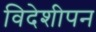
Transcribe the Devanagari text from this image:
विदेशीपन